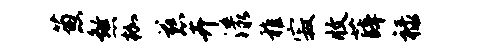
葱煞枷慈卉漾稚寂收薛禄